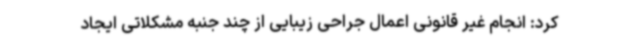
کرد: انجام غیر قانونی اعمال جراحی زیبایی از چند جنبه مشکلاتی ایجاد